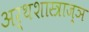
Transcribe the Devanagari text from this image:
अर्थशास्त्राज्ञ